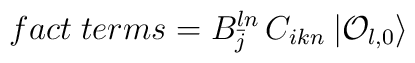
fact \; terms = B_{\bar j}^{l n} \, C_{i k n} \: | {\cal O}_{l,0}\rangle \\